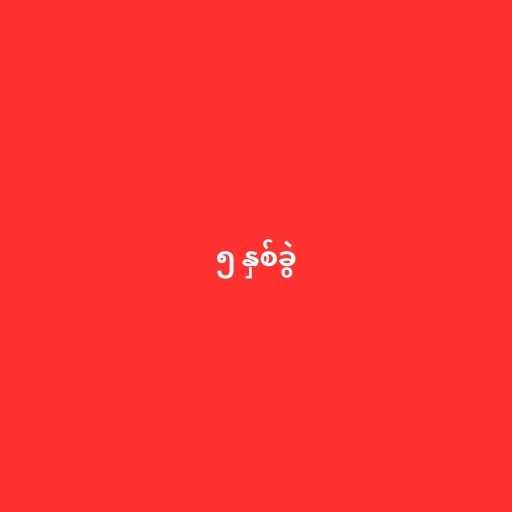
၅ နှစ်ခွဲ